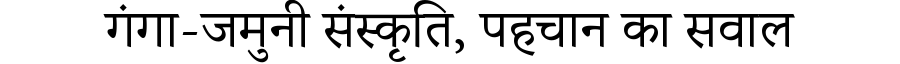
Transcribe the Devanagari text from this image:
गंगा-जमुनी संस्कृति, पहचान का सवाल